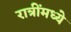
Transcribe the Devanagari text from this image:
रात्रींमध्ये